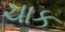
ચાક